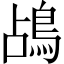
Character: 𪀄